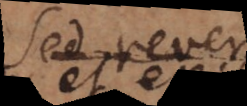
Sed rever